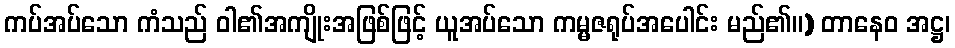
ကပ်အပ်သော ကံသည် ဝါ၏အကျိုးအဖြစ်ဖြင့် ယူအပ်သော ကမ္မဇရုပ်အပေါင်း မည်၏။) တာနေဝ အဋ္ဌ၊